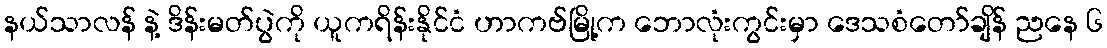
နယ်သာလန် နဲ့ ဒိန်းမတ်ပွဲကို ယူကရိန်းနိုင်ငံ ဟာကဗ်မြို့က ဘောလုံးကွင်းမှာ ဒေသစံတော်ချိန် ညနေ ၆